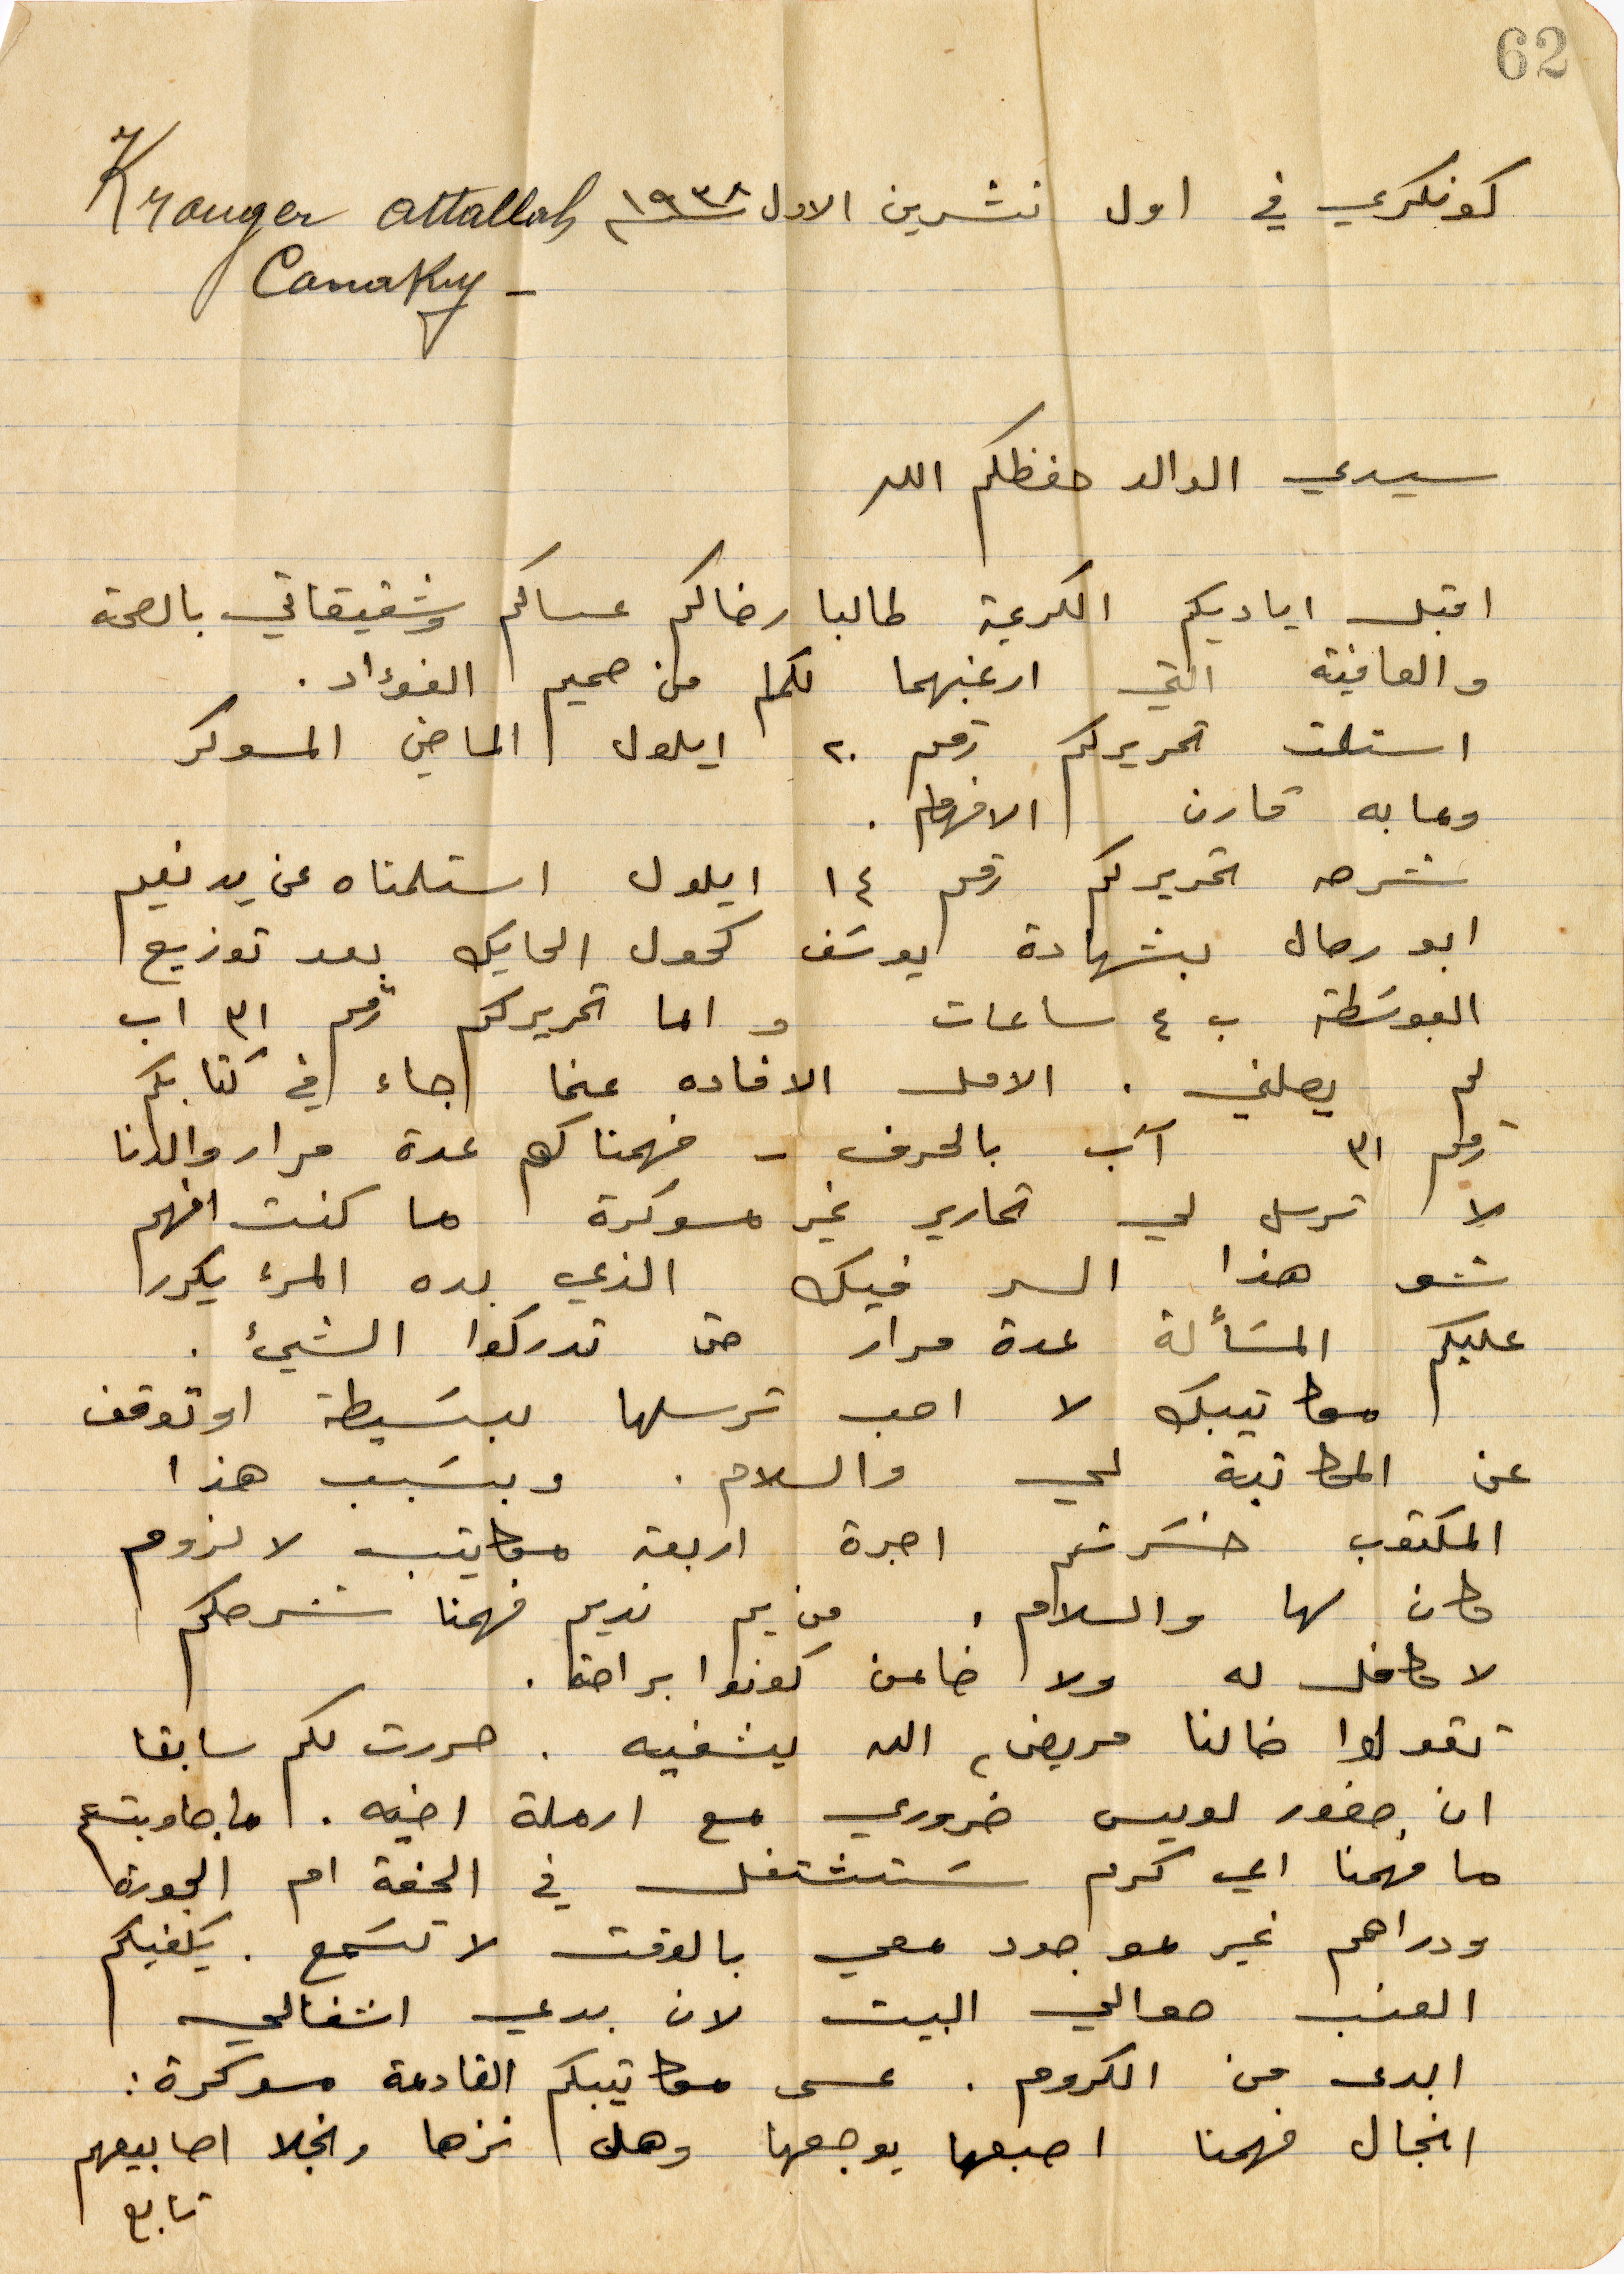
كونكري في اول تشرين الأول ١۹۳٨
سيدي الوالد حفظكم الله
اقبل اياديكم الكريمة طالبا رضاكم عساكم وشقيقاتي بالصحة
والعافية التي ارغبها لكم من صميم الفؤاد.
استملت تحريركم رقم ٢٠ أيلول الماضي المسوكر
وما به قارن الافهام
شرحه تحريركم رقم ١٤ أيلول استلمناه عن يد نعيم
أبو رحال بشهادة يوسف كحول الحايك بعد توزيع
البوسطة ب ٤ ساعات واما تحريركم رقم ۳١ اب
لم يصلني. الامل الإفادة عنما جاء في كتابكم
رقم ٣١ آب بالحرف - فهمنا كم عدة مرار والدنا
لا ترسل لي تحارير غير مسوكرة ما كنت افهم
شو هذا السر فيك الذي بده المرء يكدرا
عليكم المسألة عدة مرار حتى تدركوا الشيء.
معا تيبك لا احب ترسلها تبسيط او توقف
عن المكاتبة لي والسلام. وبسبب هذا
المكتوب حسرتم اجرة أربعة مكاتيب لا لزوم
مكان لها والسلام. من يم نديم فهمنا شرحكم
لا مامل له ولا خامن كونوا براحتهما
تقولوا خالنا مريض، الله يشفيه. حررت لكم سابقًا
ان صغور لويس ضرورة مع ارملة أخيه. اما جاوبتم
ما فهمنا أي كرم ستشتغل في الحفة ام الجورة
ودراهم غير موجود معي بالوقت لا تسمع. يكفيكم
العنب حوالي البين لان بدي اشغالي
ابدى من الكروم. عسى مكاتيبكم القادمة مسوكرة:
انجال فهمنا اصبعها يوجعها وهل نزها ونجلا اصابيعهم